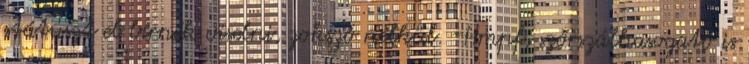
státuszt el bírnék viselni, zokszó nélkül. -Hmpf, szőrszálhasogató is